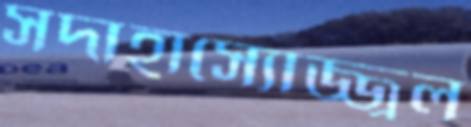
সদাহাস্যোজ্জ্বল